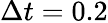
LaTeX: \Delta t=0.2